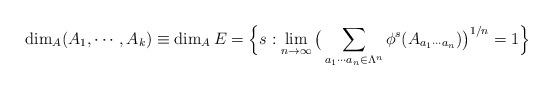
LaTeX: \begin{align*}\dim_{A}(A_1,\cdots,A_k)\equiv \dim_{A}E=\Big\{s:\lim_{n\to\infty}\big(\sum_{a_1\cdots a_n\in\Lambda^n}\phi^s(A_{a_1\cdots a_{n}})\big)^{1/n} = 1\Big\}\end{align*}